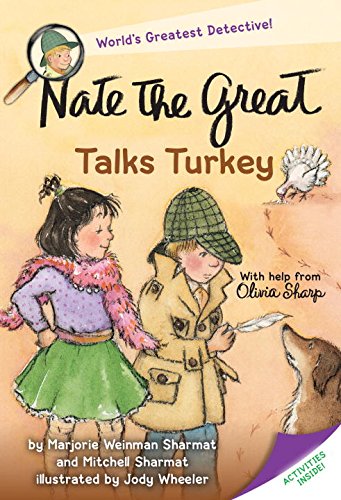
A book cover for Nate the Great Talks Turkey; Marjorie Weinman Sharmat; Children's Books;